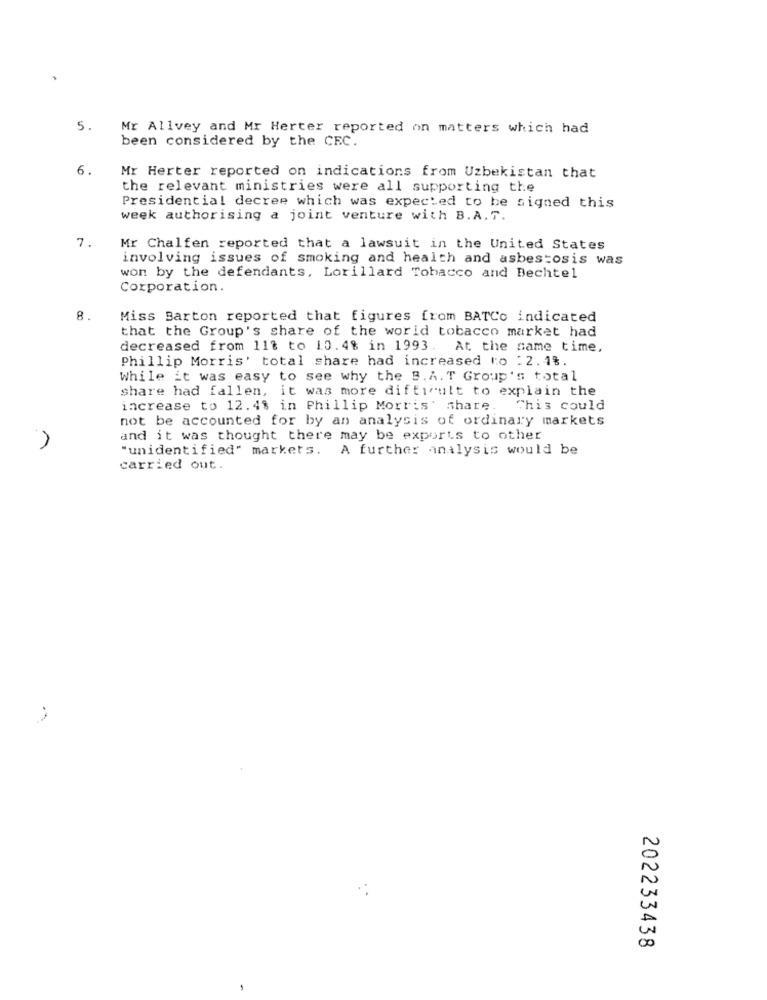
5.
Mr Allvey and Mr Herter reported on matters which had
been considered by the CEC.
6.
Mr Herter reported on indications from Uzbekistan that
the relevant ministries were all supporting the
Presidential decree which was expected to be signed this
week authorising a joint venture with B.A.T.
7.
Mr Chalfen reported that a lawsuit in the United States
involving issues of smoking and health and asbestosis was
won by the defendants, Lorillard Tobacco and Bechtel
Corporation.
8.
Miss Barton reported that figures from BATCo indicated
that the Group's share of the world tobacco market had
decreased from 118 to 10.4% in 1993. At the same time,
Phillip Morris' total share had increased to : 2.1%.
While it was easy to see why the B.A. T Group's total
share had fallen, it was more difficult to explain the
increase to 12.4% in Phillip Morris: share.
Chis could
not be accounted for by an analysis of ordinary markets
and it was thought there may be exports to other
"unidentified" markets. A further analysis would be
carried out.
202233438